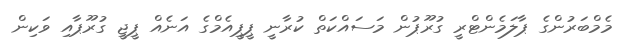
މެމްބަރުންގެ ޕާލަމެންޓްރީ ގުރޫޕުން މަސައްކަތް ކުރާނީ ޕީޕީއެމްގެ އަނެއް ޕީޖީ ގުރޫޕާއި ވަކިން